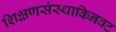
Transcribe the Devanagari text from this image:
शिक्षणसंस्थाकिनवट